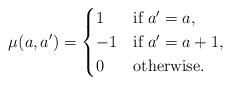
LaTeX: \begin{align*} \mu(a, a') = \begin{cases} 1 & \mbox{if } a' = a, \\ -1 & \mbox{if } a' = a + 1, \\ 0 & \mbox{otherwise}. \end{cases} \end{align*}